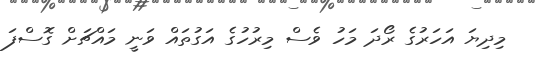
މިދިޔަ އަހަރުގެ ރޯދަ މަހު ވެސް މިރުހުގެ އަގުތައް ވަނީ މައްޗަށް ގޮސްފަ